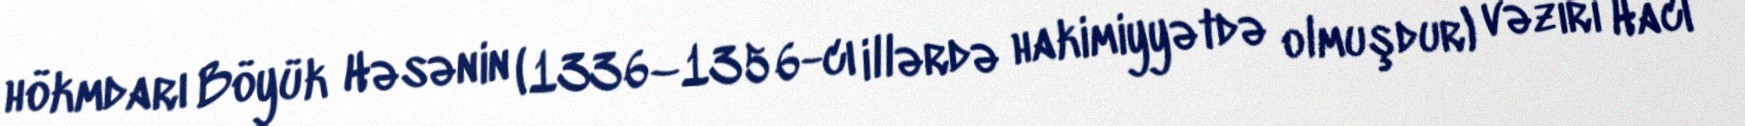
hökmdarı Böyük Həsənin (1336–1356-cı illərdə hakimiyyətdə olmuşdur) vəziri Hacı